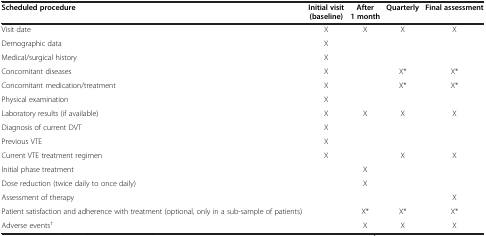
<table><thead><tr><td><b>Scheduled procedure</b></td><td><b>Initial visit (baseline)</b></td><td><b>After 1 month</b></td><td><b>Quarterly</b></td><td><b>Final assessment</b></td></tr></thead><tbody><tr><td>Visit date</td><td>X</td><td>X</td><td>X</td><td>X</td></tr><tr><td>Demographic data</td><td>X</td><td> </td><td> </td><td> </td></tr><tr><td>Medical/surgical history</td><td>X</td><td> </td><td> </td><td> </td></tr><tr><td>Concomitant diseases</td><td>X</td><td> </td><td>X*</td><td>X*</td></tr><tr><td>Concomitant medication/treatment</td><td>X</td><td> </td><td>X*</td><td>X*</td></tr><tr><td>Physical examination</td><td>X</td><td> </td><td> </td><td> </td></tr><tr><td>Laboratory results (if available)</td><td>X</td><td>X</td><td>X</td><td>X</td></tr><tr><td>Diagnosis of current DVT</td><td>X</td><td> </td><td> </td><td> </td></tr><tr><td>Previous VTE</td><td>X</td><td> </td><td> </td><td> </td></tr><tr><td>Current VTE treatment regimen</td><td>X</td><td> </td><td>X</td><td>X</td></tr><tr><td>Initial phase treatment</td><td> </td><td>X</td><td> </td><td> </td></tr><tr><td>Dose reduction (twice daily to once daily)</td><td> </td><td>X</td><td> </td><td> </td></tr><tr><td>Assessment of therapy</td><td> </td><td> </td><td> </td><td>X</td></tr><tr><td>Patient satisfaction and adherence with treatment (optional, only in a sub-sample of patients)</td><td> </td><td>X*</td><td>X*</td><td>X*</td></tr><tr><td>Adverse events<sup>†</sup></td><td> </td><td>X</td><td>X</td><td>X</td></tr></tbody></table>